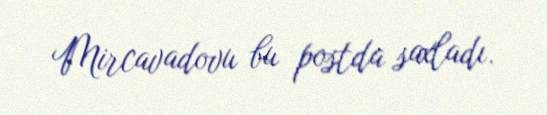
Mircavadovu bu postda saxladı.